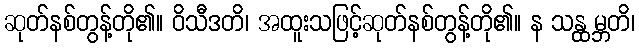
ဆုတ်နစ်တွန့်တို၏။ ဝိသီဒတိ၊ အထူးသဖြင့်ဆုတ်နစ်တွန့်တို၏။ န သန္ထမ္ဘတိ၊